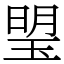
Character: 琞